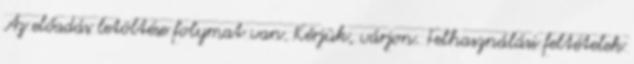
Az előadás letöltése folymat van. Kérjük, várjon. Felhasználási feltételek